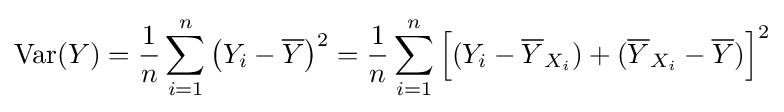
\operatorname {Var} (Y)={\frac {1}{n}}\sum _{i=1}^{n}{\bigl (}Y_{i}-{\overline {Y}}{\bigr )}^{2}={\frac {1}{n}}\sum _{i=1}^{n}{\Bigl [}(Y_{i}-{\overline {Y}}_{X_{i}})+({\overline {Y}}_{X_{i}}-{\overline {Y}}){\Bigr ]}^{2}